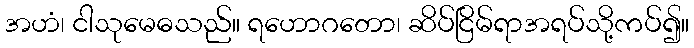
အဟံ၊ ငါသုမေဓသည်။ ရဟောဂတော၊ ဆိပ်ငြိမ်ရာအရပ်သို့ကပ်၍။